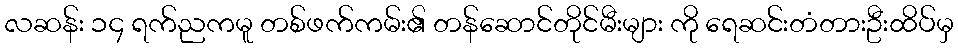
လဆန်း ၁၄ ရက်ညကမူ တစ်ဖက်ကမ်း၏ တန်ဆောင်တိုင်မီးများ ကို ရေဆင်းတံတားဦးထိပ်မှ